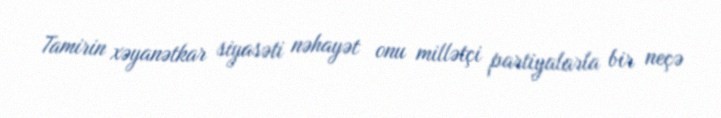
Tamirin xəyanətkar siyasəti nəhayət onu millətçi partiyalarla bir neçə